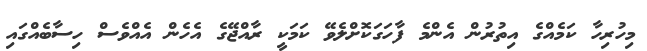
މިހުރިހާ ކަމެއްގެ އިތުރުން އެންމެ ފާހަގަކޮށްލެވޭ ކަމަކީ ރާއްޖޭގެ އެހެން އެއްވެސް ހިސާބެއްގައި